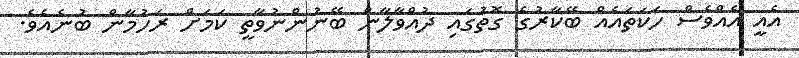
އެއީ އެއްވެސް ހަކަތައެއް ބޭކާރުގެ ގޮތުގައި ދުއްވާލާން ބޭނުންނުވާތީ ކަމަށް ރަހުމާން ބުނެއެވެ.